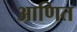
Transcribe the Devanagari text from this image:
आणित